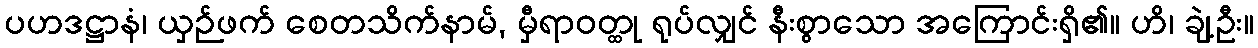
ပဟဒဋ္ဌာနံ၊ ယှဉ်ဖက် စေတသိက်နာမ်, မှီရာဝတ္ထု ရုပ်လျှင် နီးစွာသော အကြောင်းရှိ၏။ ဟိ၊ ချဲ့ဦး။